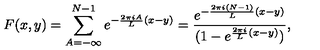
F ( x , y ) = \sum _ { A = - \infty } ^ { N - 1 } e ^ { - { \frac { 2 \pi i A } { L } } ( x - y ) } = { \frac { e ^ { - { \frac { 2 \pi i ( N - 1 ) } { L } } ( x - y ) } } { ( 1 - e ^ { { \frac { 2 \pi i } { L } } ( x - y ) } ) } } ,